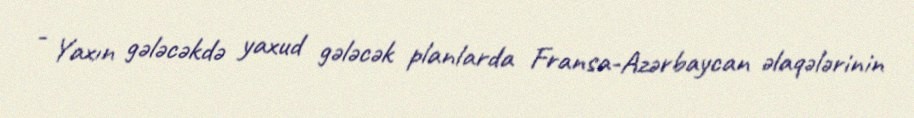
- Yaxın gələcəkdə yaxud gələcək planlarda Fransa-Azərbaycan əlaqələrinin